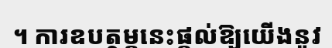
។ ការឧបត្ថម្ភនេះផ្តល់ឱ្យយើងនូវ